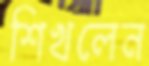
শিখলেন